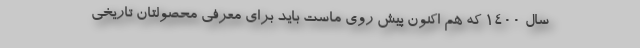
سال 1400 که هم اکنون پیش روی ماست باید برای معرفی محصولتان تاریخی